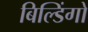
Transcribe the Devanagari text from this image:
बिल्डिंगो